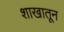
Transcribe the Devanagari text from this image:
शाखातून